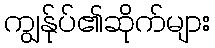
ကျွန်ုပ်၏ဆိုက်များ